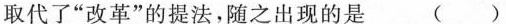
取代了”改革”的提法，随之出现的是 ( )